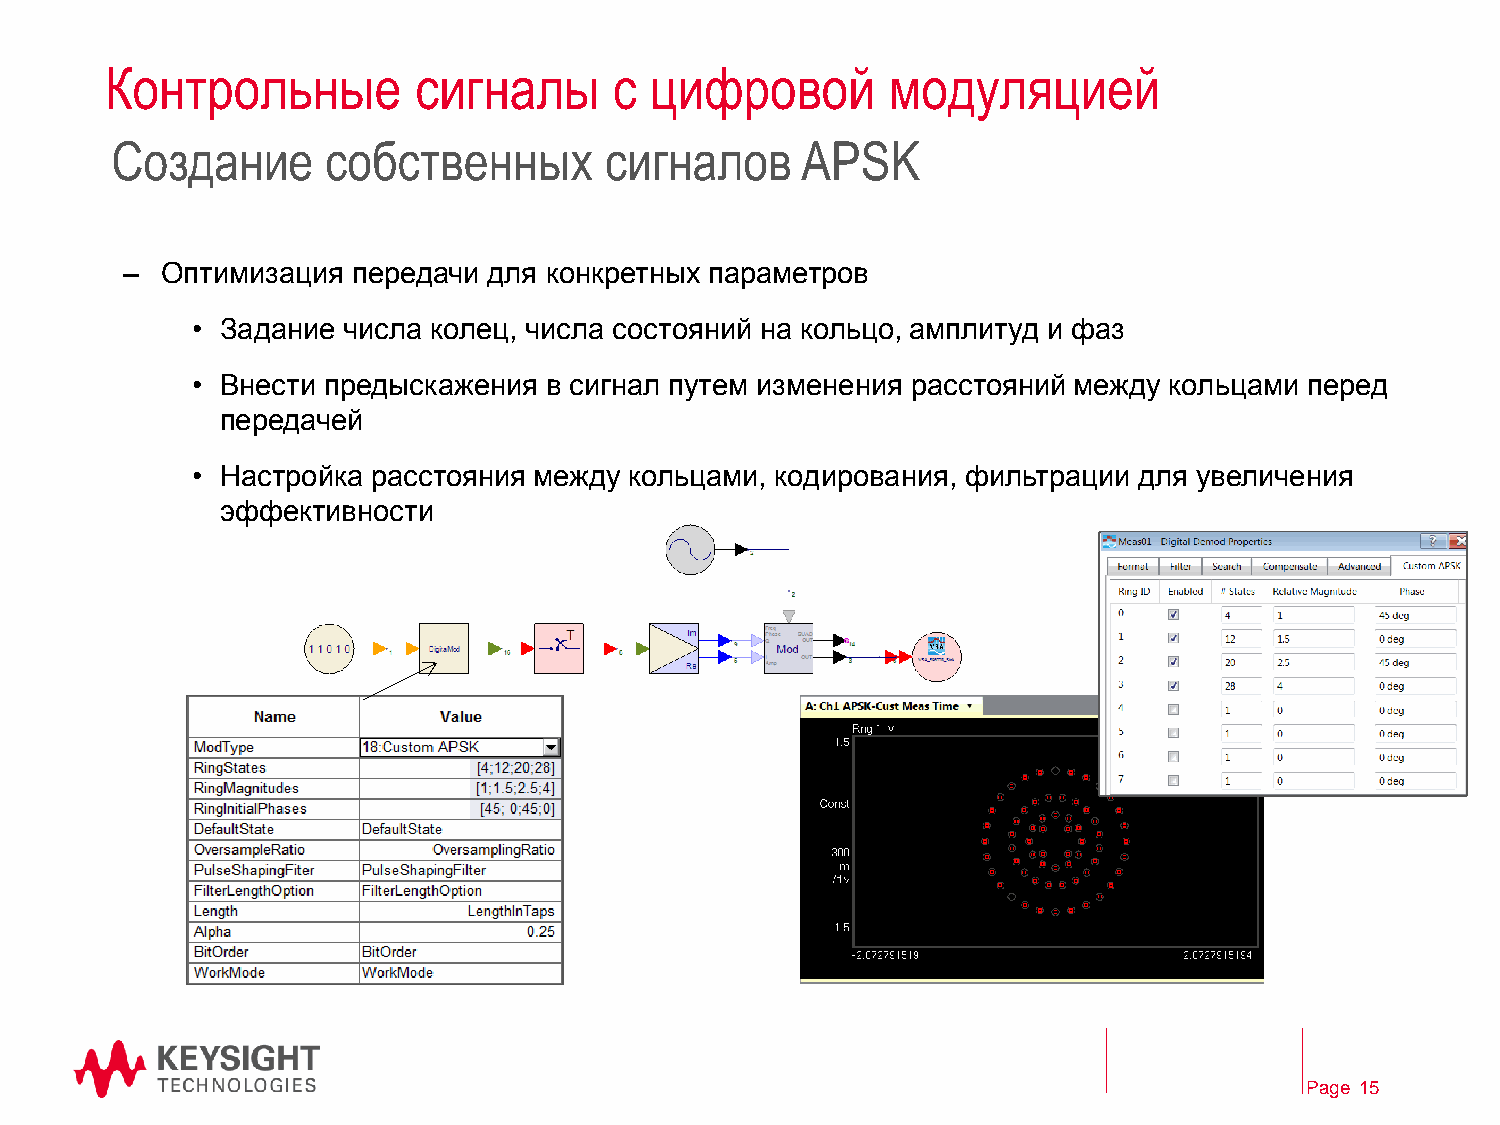
Контрольные         сигналы       с цифровой        модуляцией
 Создание       собственных       сигналов     APSK
 –  Оптимизация передачи для конкретных параметров
 • Задание числа колец, числа состояний на кольцо, амплитуд и фаз
 • Внести предыскажения в сигнал путем изменения расстояний между кольцами перед
 передачей
 • Настройка расстояния между кольцами, кодирования, фильтрации для увеличения
 эффективности
 Page 15